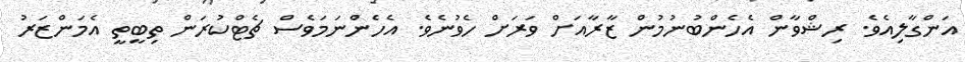
އަންގާލިއެވެ. ރިޝްވާން އެހެންބުނުމުން ޒާރާއަށް ވަރަށް ހެވުނެވެ. އެހެންނަމަވެސް ޗެޓްކުރަން ތިބީތީ އެމަންޒަރު